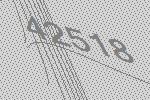
42518